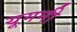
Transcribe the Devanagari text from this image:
यूगनी